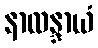
နာလန္ဒာယံ